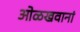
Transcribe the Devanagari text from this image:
ओळखवानां